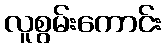
လူစွမ်းကောင်း